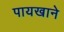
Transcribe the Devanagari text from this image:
पायखाने